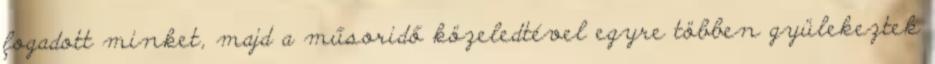
fogadott minket, majd a műsoridő közeledtével egyre többen gyülekeztek